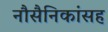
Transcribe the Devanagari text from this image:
नौसैनिकांसह